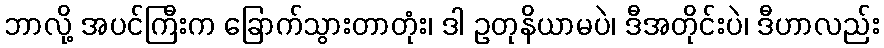
ဘာလို့ အပင်ကြီးက ခြောက်သွားတာတုံး၊ ဒါ ဥတုနိယာမပဲ၊ ဒီအတိုင်းပဲ၊ ဒီဟာလည်း